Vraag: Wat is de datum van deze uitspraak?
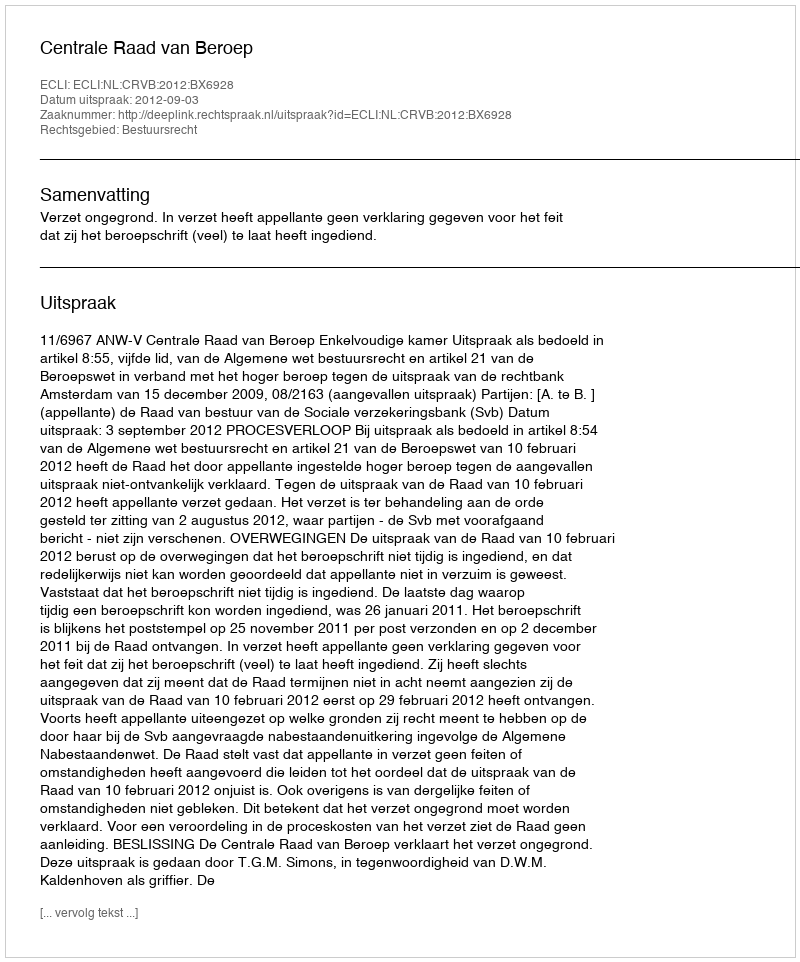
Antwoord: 2012-09-03